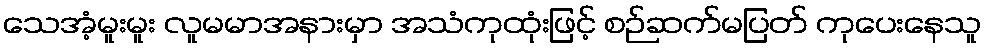
သေအံ့မူးမူး လူမမာအနားမှာ အသံကုထုံးဖြင့် စဉ်ဆက်မပြတ် ကုပေးနေသူ